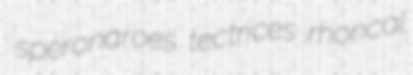
speronaroes tectrices rhoncal